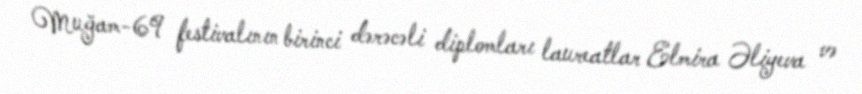
Muğam-69 festivalının birinci dərəcəli diplomları laureatlar Elmira Əliyeva və